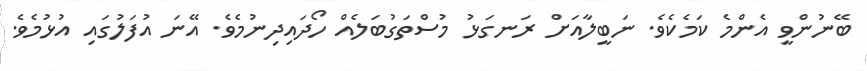
ބޭނުންވީ އެންމެ ކަމެކެވެ. ނަބީލާއަށް ރަނގަޅު މުސްތަގުބަލެއް ހޯދައިދިނުމެވެ. އޭނަ އުފަލުގައި އުޅުމެވެ.